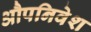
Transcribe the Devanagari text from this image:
औपनिवेश